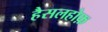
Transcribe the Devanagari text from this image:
हैसलहोफ़